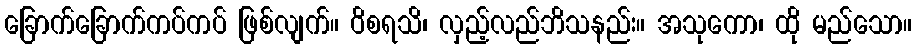
ခြောက်ခြောက်ကပ်ကပ် ဖြစ်လျက်။ ဝိစရသိ၊ လှည့်လည်ဘိသနည်း။ အသုကော၊ ထို မည်သော။